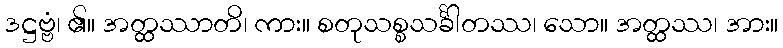
ဒဋ္ဌဗ္ဗံ၊ ၏။ အတ္ထဿာတိ၊ ကား။ စတုသစ္စသင်္ခါတဿ၊ သော။ အတ္ထဿ၊ အား။